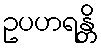
ဥပဟရန္တိ